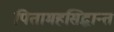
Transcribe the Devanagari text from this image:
पितामहसिद्धान्त